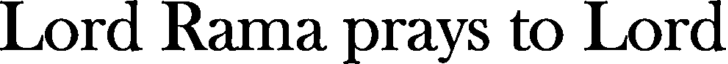
Lord Rama prays to Lord